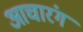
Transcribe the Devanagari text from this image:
आचारंग